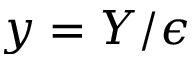
y = Y / \epsilon